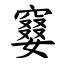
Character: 䆯